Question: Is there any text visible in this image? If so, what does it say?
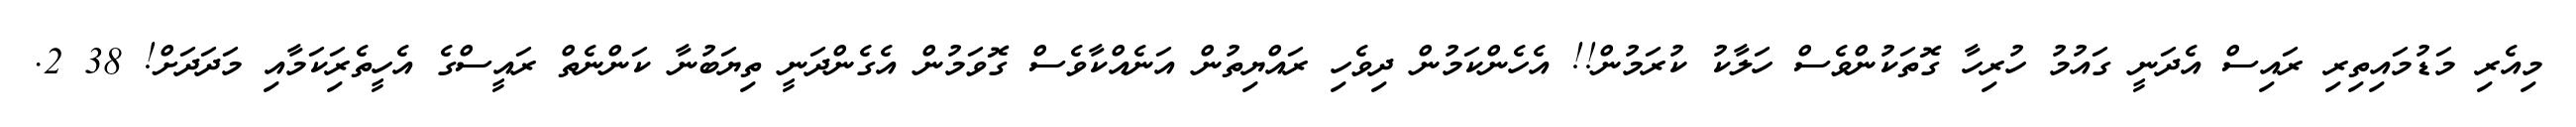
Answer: މިއެރި މަޑުމައިތިރި ރައިސް އެދަނީ ގައުމު ހުރިހާ ގޮތަކުންވެސް ހަލާކު ކުރަމުން!! އެހެންކަމުން ދިވެހި ރައްޔިތުން އަނެއްކާވެސް ގޮވަމުން އެގެންދަނީ ތިޔަބުނާ ކަންނެތް ރައީސްގެ އެހީތެރިަކަމާއި މަދަދަށް! 38 2.